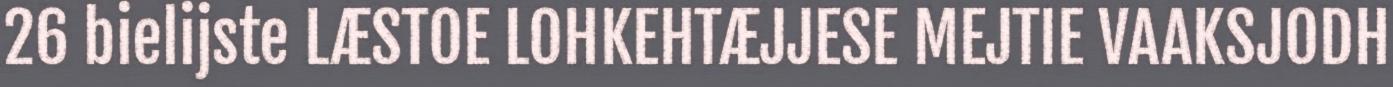
26 bielijste LÆSTOE LOHKEHTÆJJESE MEJTIE VAAKSJODH